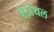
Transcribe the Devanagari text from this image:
पेंटोथल